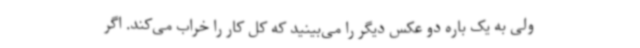
ولی به یک باره دو عکس دیگر را می‌بینید که کل کار را خراب می‌کند. اگر